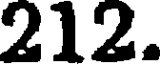
212.